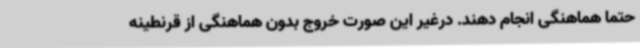
حتما هماهنگی انجام دهند. درغیر این صورت خروج بدون هماهنگی از قرنطینه